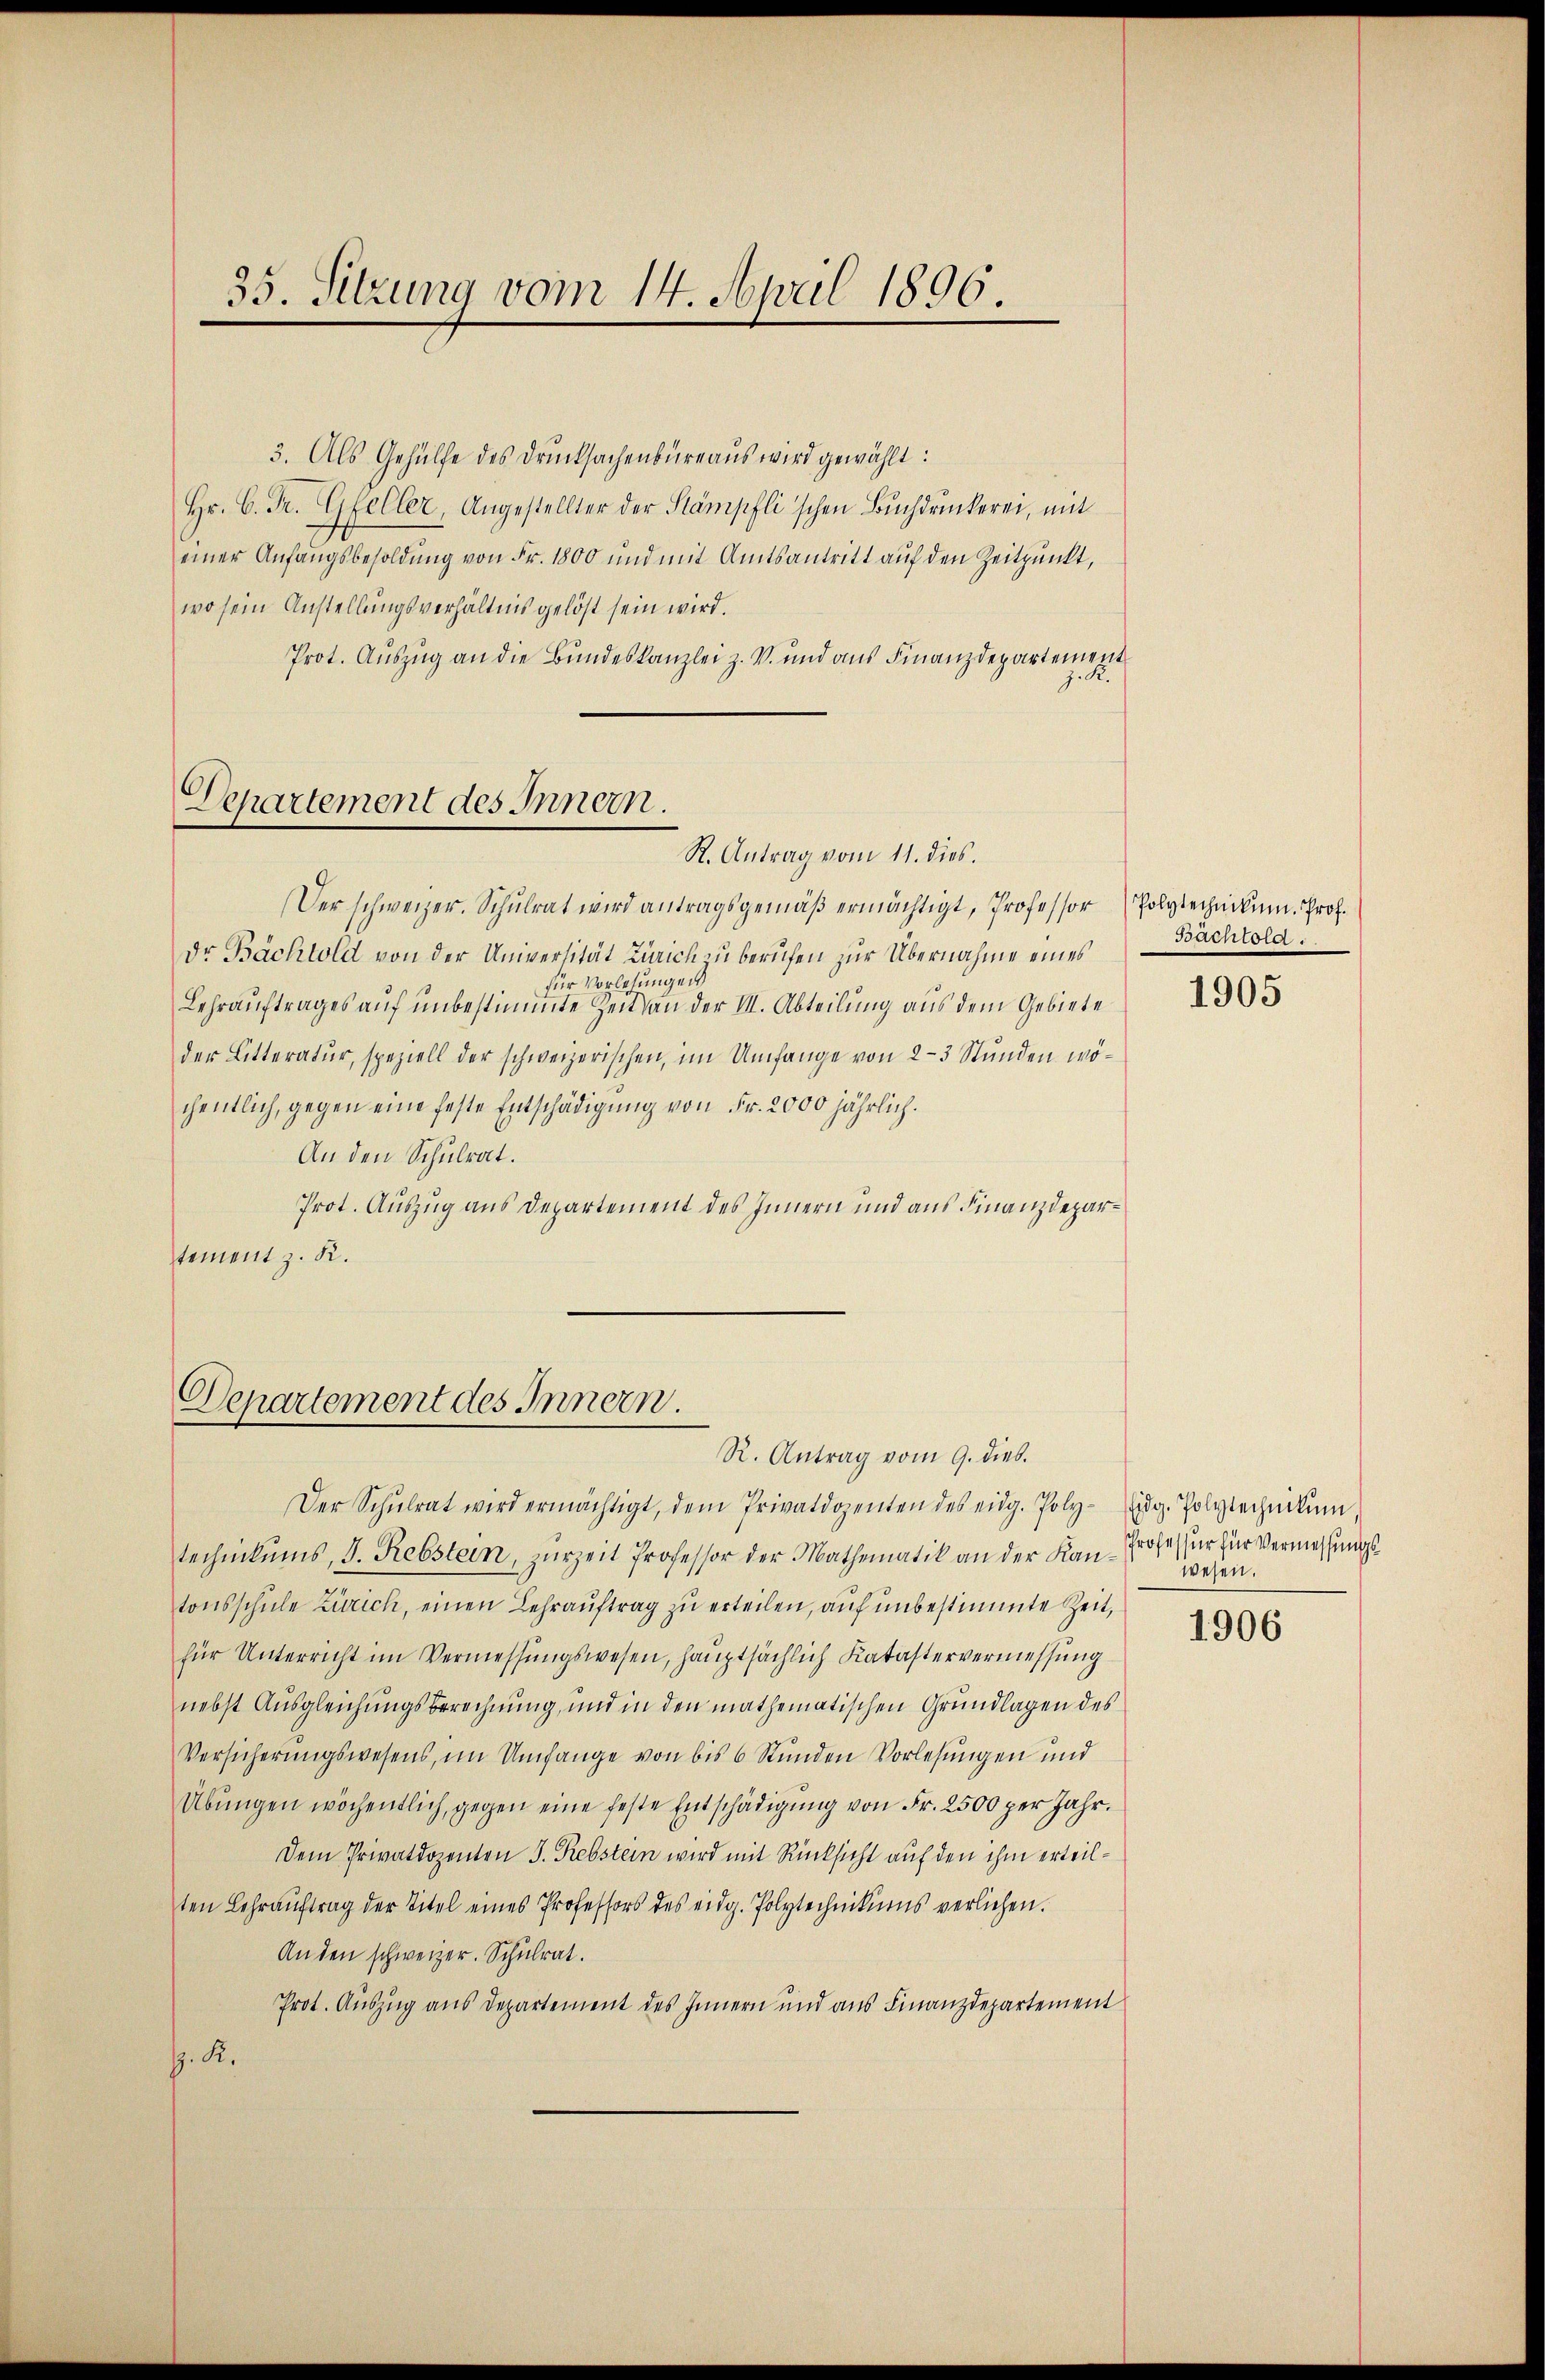
35. Sitzung vom 14. April 1896.

3. Als Gehülfe des Drucksachenbüreaŭs wird gewählt:
Hr. C. Fr. Gfeller, Angestellter der Stämpfli'schen Bŭchdruckerei, mit
einer Anfangsbesoldung von Fr. 1800 und mit Amtsantritt auf den Zeitpunkt,
wo sein Anstellungsverhältnis gelöst sein wird.
Prot. Aŭszŭg an die Bundeskanzlei z. V. und aŭs Finanzdepartement
.R.

Departement des Innern.
R. Antrag vom 11. dies.

Der schweizer. Schŭlrat wird antragsgemäβ ermächtigt, Professor Polytechnikum. Prof.
Dr Bachtold von der Universität Zürich zu berufen zur Übernahme eines
für Vorlesungen
Lehrauftrages auf unbestimmte Zeit an der III. Abteilung aus dem Gebiete
der Litteratur, speziell der schweizerischen, im Umfange von 2-3 Stunden wöchentlich, gegen eine feste Entschädigung von Fr. 2000 jährlich.
An den Schulrat.
Prot. Auszug aus Departement des Innern und aus Finanzdepartement z. K.

Departement des Innern.
R. Antrag vom 9. dies

Bachtord.

Der Schŭlrat wird ermächtigt, dem Privatdozenten des eidg. Poly-idg. Polytechnikum.
technikums, d. Rebstein, zurzeit Professor der Mathematik an der Kan-Profes für für Vermessungstonsschŭle Zürich, einen Lehraŭftrag zu erteilen, auf unbestimmte Zeit,
für Unterricht im Vermessungswesen, hauptsächlich Katastervermessung
nebst Ausgleichungsberechnung, und in den mathematischen Grundlagen des
Versicherŭngswesens, im Umfange von bis 6 Stunden Vorlesungen und
Übungen wöchentlich, gegen eine feste Entschädigung von Fr. 2500 per Jahr.
Dem Privatdozenten S. Rebstein wird mit Rücksicht auf den ihm erteilten Lehraŭftrag der Titel eines Professors des eidg. Polytechnikums verliehen.
Anden schweizer. Schulrat.
Prot. Auszug aus Departement des Innern und aus Finanzdepartement
z. R.

1905

wesen.

1906